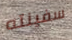
سفينته